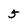
Character: 5